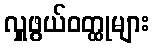
လှူဖွယ်ဝတ္ထုများ